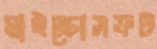
মাইক্রোসফট